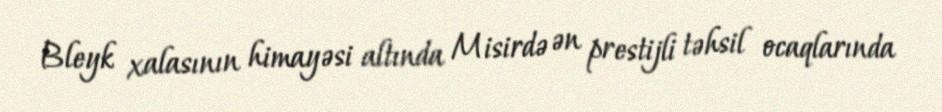
Bleyk xalasının himayəsi altında Misirdə ən prestijli təhsil ocaqlarında